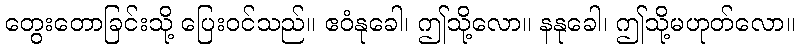
တွေးတောခြင်းသို့ ပြေးဝင်သည်။ ဧဝံနုခေါ၊ ဤသို့လော။ နနုခေါ၊ ဤသို့မဟုတ်လော။